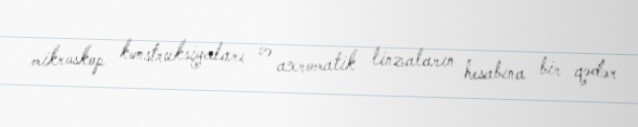
mikroskop konstruksiyaları və axromatik linzaların hesabına bir qədər